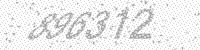
Solution: 896312